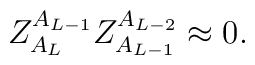
Z^{A_{L-1}}_{A_{L}} Z^{A_{L-2}}_{A_{L-1}} \approx 0.